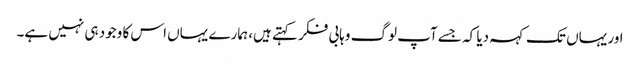
اور یہاں تک کہہ دیا کہ جسے آپ لوگ وہابی فکر کہتے ہیں، ہمارے یہاں اس کا وجود ہی نہیں ہے۔